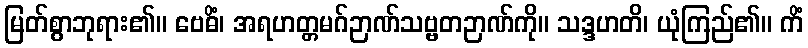
မြတ်စွာဘုရား၏။ ဗေဓိံ၊ အရဟတ္တမဂ်ဉာဏ်သဗ္ဗတဉာဏ်ကို။ သဒ္ဒဟတိ၊ ယုံကြည်၏။ ကိံ